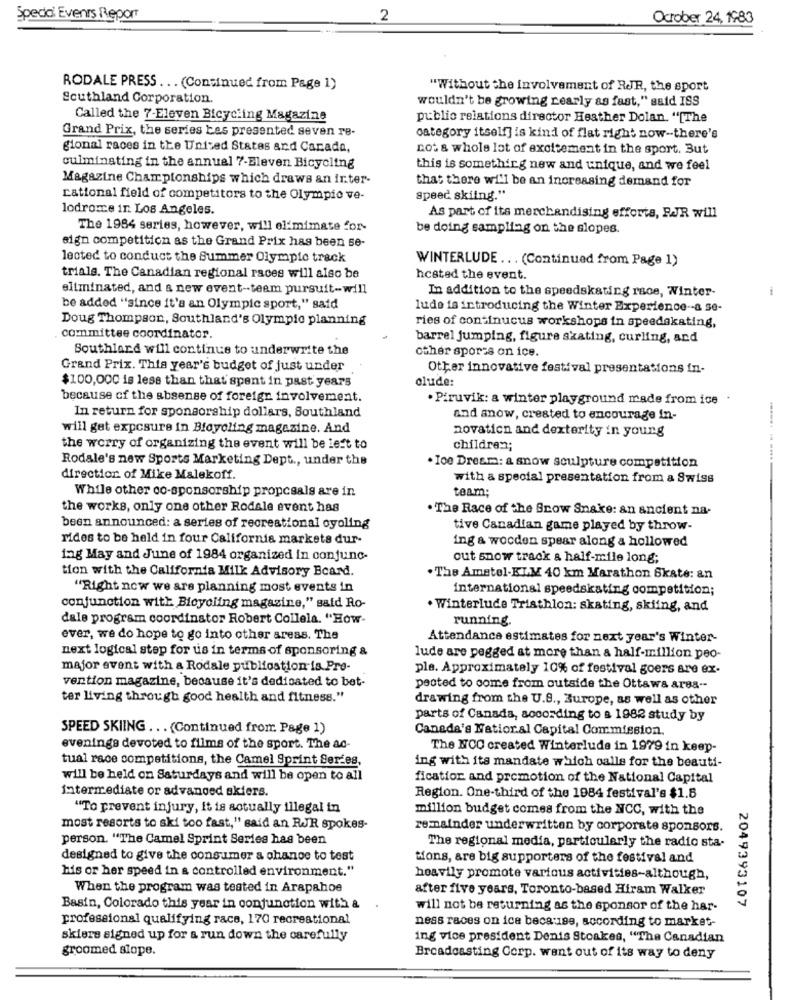
Special Events Report
2
Ocrober 24, 1983
RODALE PRESS ... (Continued from Page 1)
"Without the involvement of RJR, the sport
Southland Corporation.
wouldn't be growing nearly as fast," said ISS
Called the 7-Eleven Bicycling Magazine
public relations director Heather Dolan. "[The
Grand Prix, the series Las presented seven re-
category itself] is kind of flat right now-there's
gional races in the United States and Carada,
not a whole lot of excitement in the sport. But
culminating in the annual 7-Eleven Bicycling
this is something new and unique, and we feel
Magazine Championships which draws an inter-
that there will be an increasing demand for
rational field of competitors to the Olympic ve-
Speed skiing."
lodrome in Los Angeles.
As part of its merchandising efforts, RJR will
The 1984 series, however, will elimimate for-
be doing sampling on the slopes.
sign competition as the Grand Prix has been se-
lected to conduct the Summer Olympic track
WINTERLUDE ... (Continued from Page 1)
trials. The Canadian regional races will also be
hcsted the event.
eliminated, and a new event -- team pursuit-will
In addition to the speedskating race, Winter-
be added "since it's an Olympic sport," said
lude is introducing the Winter Experience -- a se-
Doug Thompson, Southland's Olympie planning
ries of continucus workshops in speedskating,
committee coordinator.
barrel jumping, figure skating, curling, and
Southland will continue to underwrite the
other sporss on ice.
Grand Prix. This year's budget of just under
Other innovative festival presentations in-
$100,000 is less than that spent in past years
clude:
because of the absense of foreign involvement.
. Piruvik: a winter playground made from ice
In return for sponsorship dollars, Southland
and snow, created to encourage in-
will get exposure in Bloyoling magazine. And
novation and dexterity in young
the worry of organizing the event will be left to
children;
Rodale's new Sports Marketing Dept ., under the
. Ioe Dresma: a snow sculpture competition
direction of Mike Malekoff.
with a special presentation from a Swiss
While other co-sponsorship propcsals are in
team:
the works, only one other Rodale event has
. The Race of the Snow Snake: an ancient na-
been announced: a series of recreational oyoling
tive Canadian game played by throw-
rides to be held in four California markets dur-
ing a wooden spear along a hollowed
ing May and June of 1984 organized in conjunc-
out snow track & half-mile long;
tion with the California Milk Advisory Board.
. The Amstel-KLM 40 km Marathon Skate: an
"Right now we are planning most events in
international speedskating competition;
conjunction with Bicycling magazine," said Ro-
. Winterlude Triathlon: skating, skiing, and
dale program coordinator Robert Collela. "How-
running.
ever, we do hope to go into other areas. The
Attendance estimates for next year's Winter-
next logical step for us in terms of sponsoring &
lude are pegged at more than a half-million peo-
major event with a Rodale publiostion is Pre-
ple. Approximately 10% of festival goers are ex-
vention magazine, because it's dedicated to bet-
pected to come from outside the Ottawa area --
ter living through good health and fitness."
drawing from the U.S ., Europe, as well as other
parts of Canada, according to a 1982 study by
SPEED SKIING ... (Continued from Page 1)
Canada's Natioral Capital Commission.
evenings devoted to films of the sport. The ad-
The NCC created Winterlude in 1979 in keep-
tual race competitions, the Camel Sprint Series,
ing with its mandate which oalle for the beauti-
will be held on Saturdays and will be open to all
fication and promotion of the National Capital
intermediate or advanced skiers.
Region. One-third of the 1984 festival's $1.8
"To prevent injury, it is actually illegal in
million budget comes from the NCC, with the
most resorts to ski too fast," said an RJR spokes-
remainder underwritten by corporate sponsors.
person. "The Camel Sprint Series has been
The regional media, particularly the radio sta-
designed to give the consumer a chance to test
Mons, are big supporters of the festival and
his or her speed in a controlled environment."
heavily promote various activities-although,
When the program was tested in Arapahoe
after five years, Toronto-based Hiram Walker
2049393107
Basin, Colorado this year in conjunction with &
will not be returning as the sponsor of the har-
professional qualifying race, 170 recreational
ness races on ice because, according to market-
skiers signed up for a run down the carefully
ing vice president Denis Stoakes, "The Canadian
groomed slope.
Broadcasting Corp. went out of its way to deny